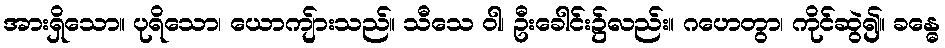
အားရှိသော။ ပုရိသော၊ ယောကျ်ားသည်။ သီသေ ဝါ၊ ဦးခေါင်း၌လည်း။ ဂဟေတွာ၊ ကိုင်ဆွဲ၍။ ခန္ဓေ